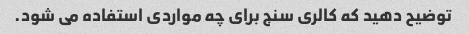
توضیح دهید که کالری سنج برای چه مواردی استفاده می شود.